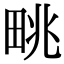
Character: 𤱩